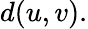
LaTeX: d(u,v).